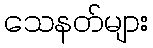
သေနတ်များ